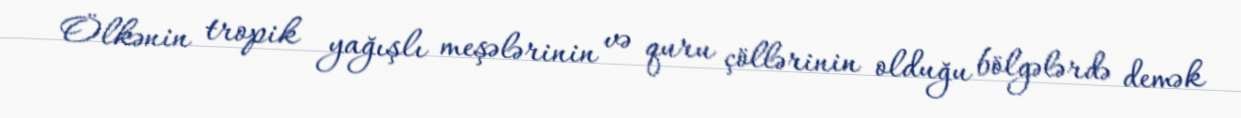
Ölkənin tropik yağışlı meşələrinin və quru çöllərinin olduğu bölgələrdə demək